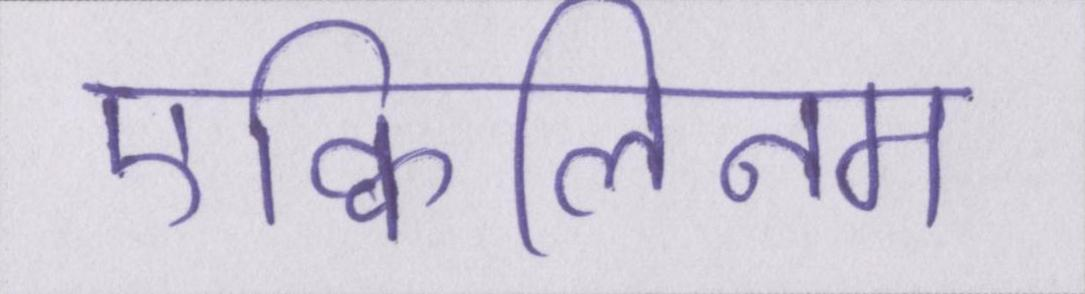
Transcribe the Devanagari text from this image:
एक्विलिनम